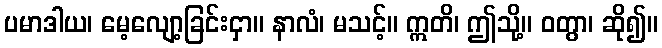
ပမာဒါယ၊ မေ့လျော့ခြင်းငှာ။ နာလံ၊ မသင့်။ ဣတိ၊ ဤသို့။ ဝတွာ၊ ဆို၍။